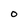
Character: O